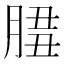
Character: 𦜻